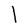
Character: l